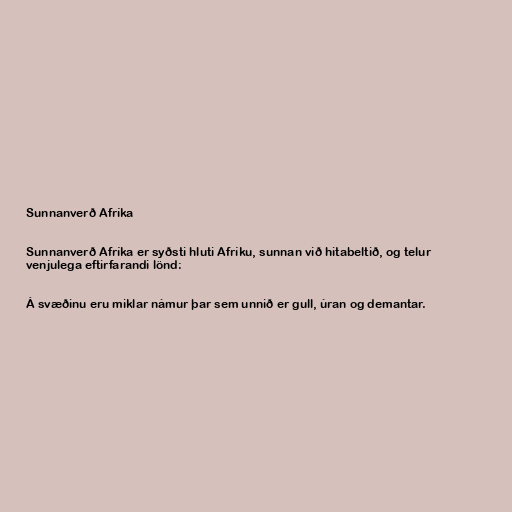
Sunnanverð Afríka

Sunnanverð Afríka er syðsti hluti Afríku, sunnan við hitabeltið, og telur
venjulega eftirfarandi lönd:

Á svæðinu eru miklar námur þar sem unnið er gull, úran og demantar.